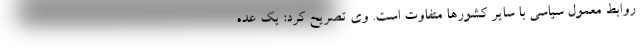
روابط معمول سیاسی با سایر کشورها متفاوت است. وی تصریح کرد: یک عده